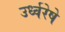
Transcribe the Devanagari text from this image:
उर्ध्वरेषे